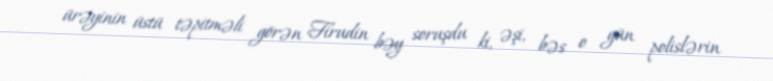
ürəyinin üstü təpitməli görən Firudin bəy soruşdu ki, əşi, bəs o gün polislərin